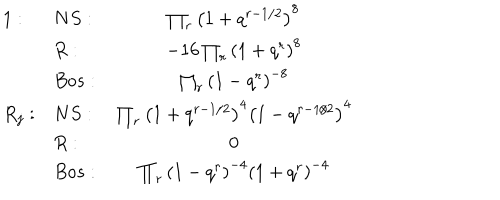
LaTeX: \begin{array} { l l c } { { 1 : } } & { { N S : \; } } & { { \prod _ { r } \left( 1 + q ^ { r - 1 / 2 } \right) ^ { 8 } \nonumber } } \\ { { } } & { { R : } } & { { - 1 6 \prod _ { r } \left( 1 + q ^ { r } \right) ^ { 8 } } } \\ { { } } & { { B o s : } } & { { \prod _ { r } \left( 1 - q ^ { r } \right) ^ { - 8 } \nonumber } } \\ { { R _ { j } : } } & { { N S : \; } } & { { \prod _ { r } \left( 1 + q ^ { r - 1 / 2 } \right) ^ { 4 } \left( 1 - q ^ { r - 1 / 2 } \right) ^ { 4 } \nonumber } } \\ { { } } & { { R : } } & { { 0 } } \\ { { } } & { { B o s : } } & { { \prod _ { r } \left( 1 - q ^ { r } \right) ^ { - 4 } \left( 1 + q ^ { r } \right) ^ { - 4 } \nonumber } } \\ \end{array}